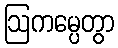
ဩကမ္ပေတွာ